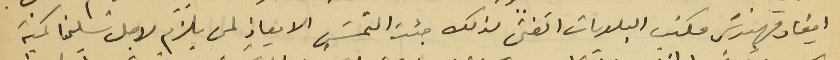
ايفاد مهندسَ مكتب البلديات الفني لذلك جئت التمسَ الايعاز لمن يلزم لاجل تسلمنا كمية